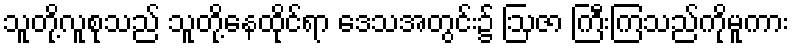
သူတို့လူစုသည် သူတို့နေထိုင်ရာ ဒေသအတွင်း၌ ဩဇာ ကြီးကြသည်ကိုမူကား